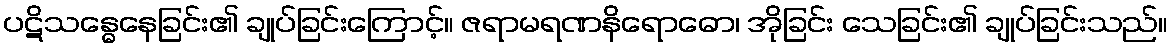
ပဋိသန္ဓေနေခြင်း၏ ချုပ်ခြင်းကြောင့်။ ဇရာမရဏနိရောဓော၊ အိုခြင်း သေခြင်း၏ ချုပ်ခြင်းသည်။